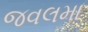
જવલમા